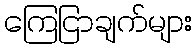
ကြေငြာချက်များ